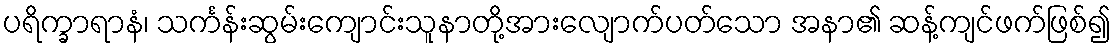
ပရိက္ခာရာနံ၊ သင်္ကန်းဆွမ်းကျောင်းသူနာတို့အားလျောက်ပတ်သော အနာ၏ ဆန့်ကျင်ဖက်ဖြစ်၍